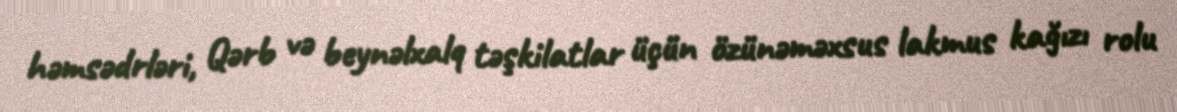
həmsədrləri, Qərb və beynəlxalq təşkilatlar üçün özünəməxsus lakmus kağızı rolu